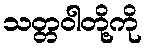
သတ္တဝါတို့ကို